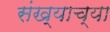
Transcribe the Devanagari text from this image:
संख्याच्या